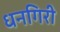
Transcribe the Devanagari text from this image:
धनगिरी